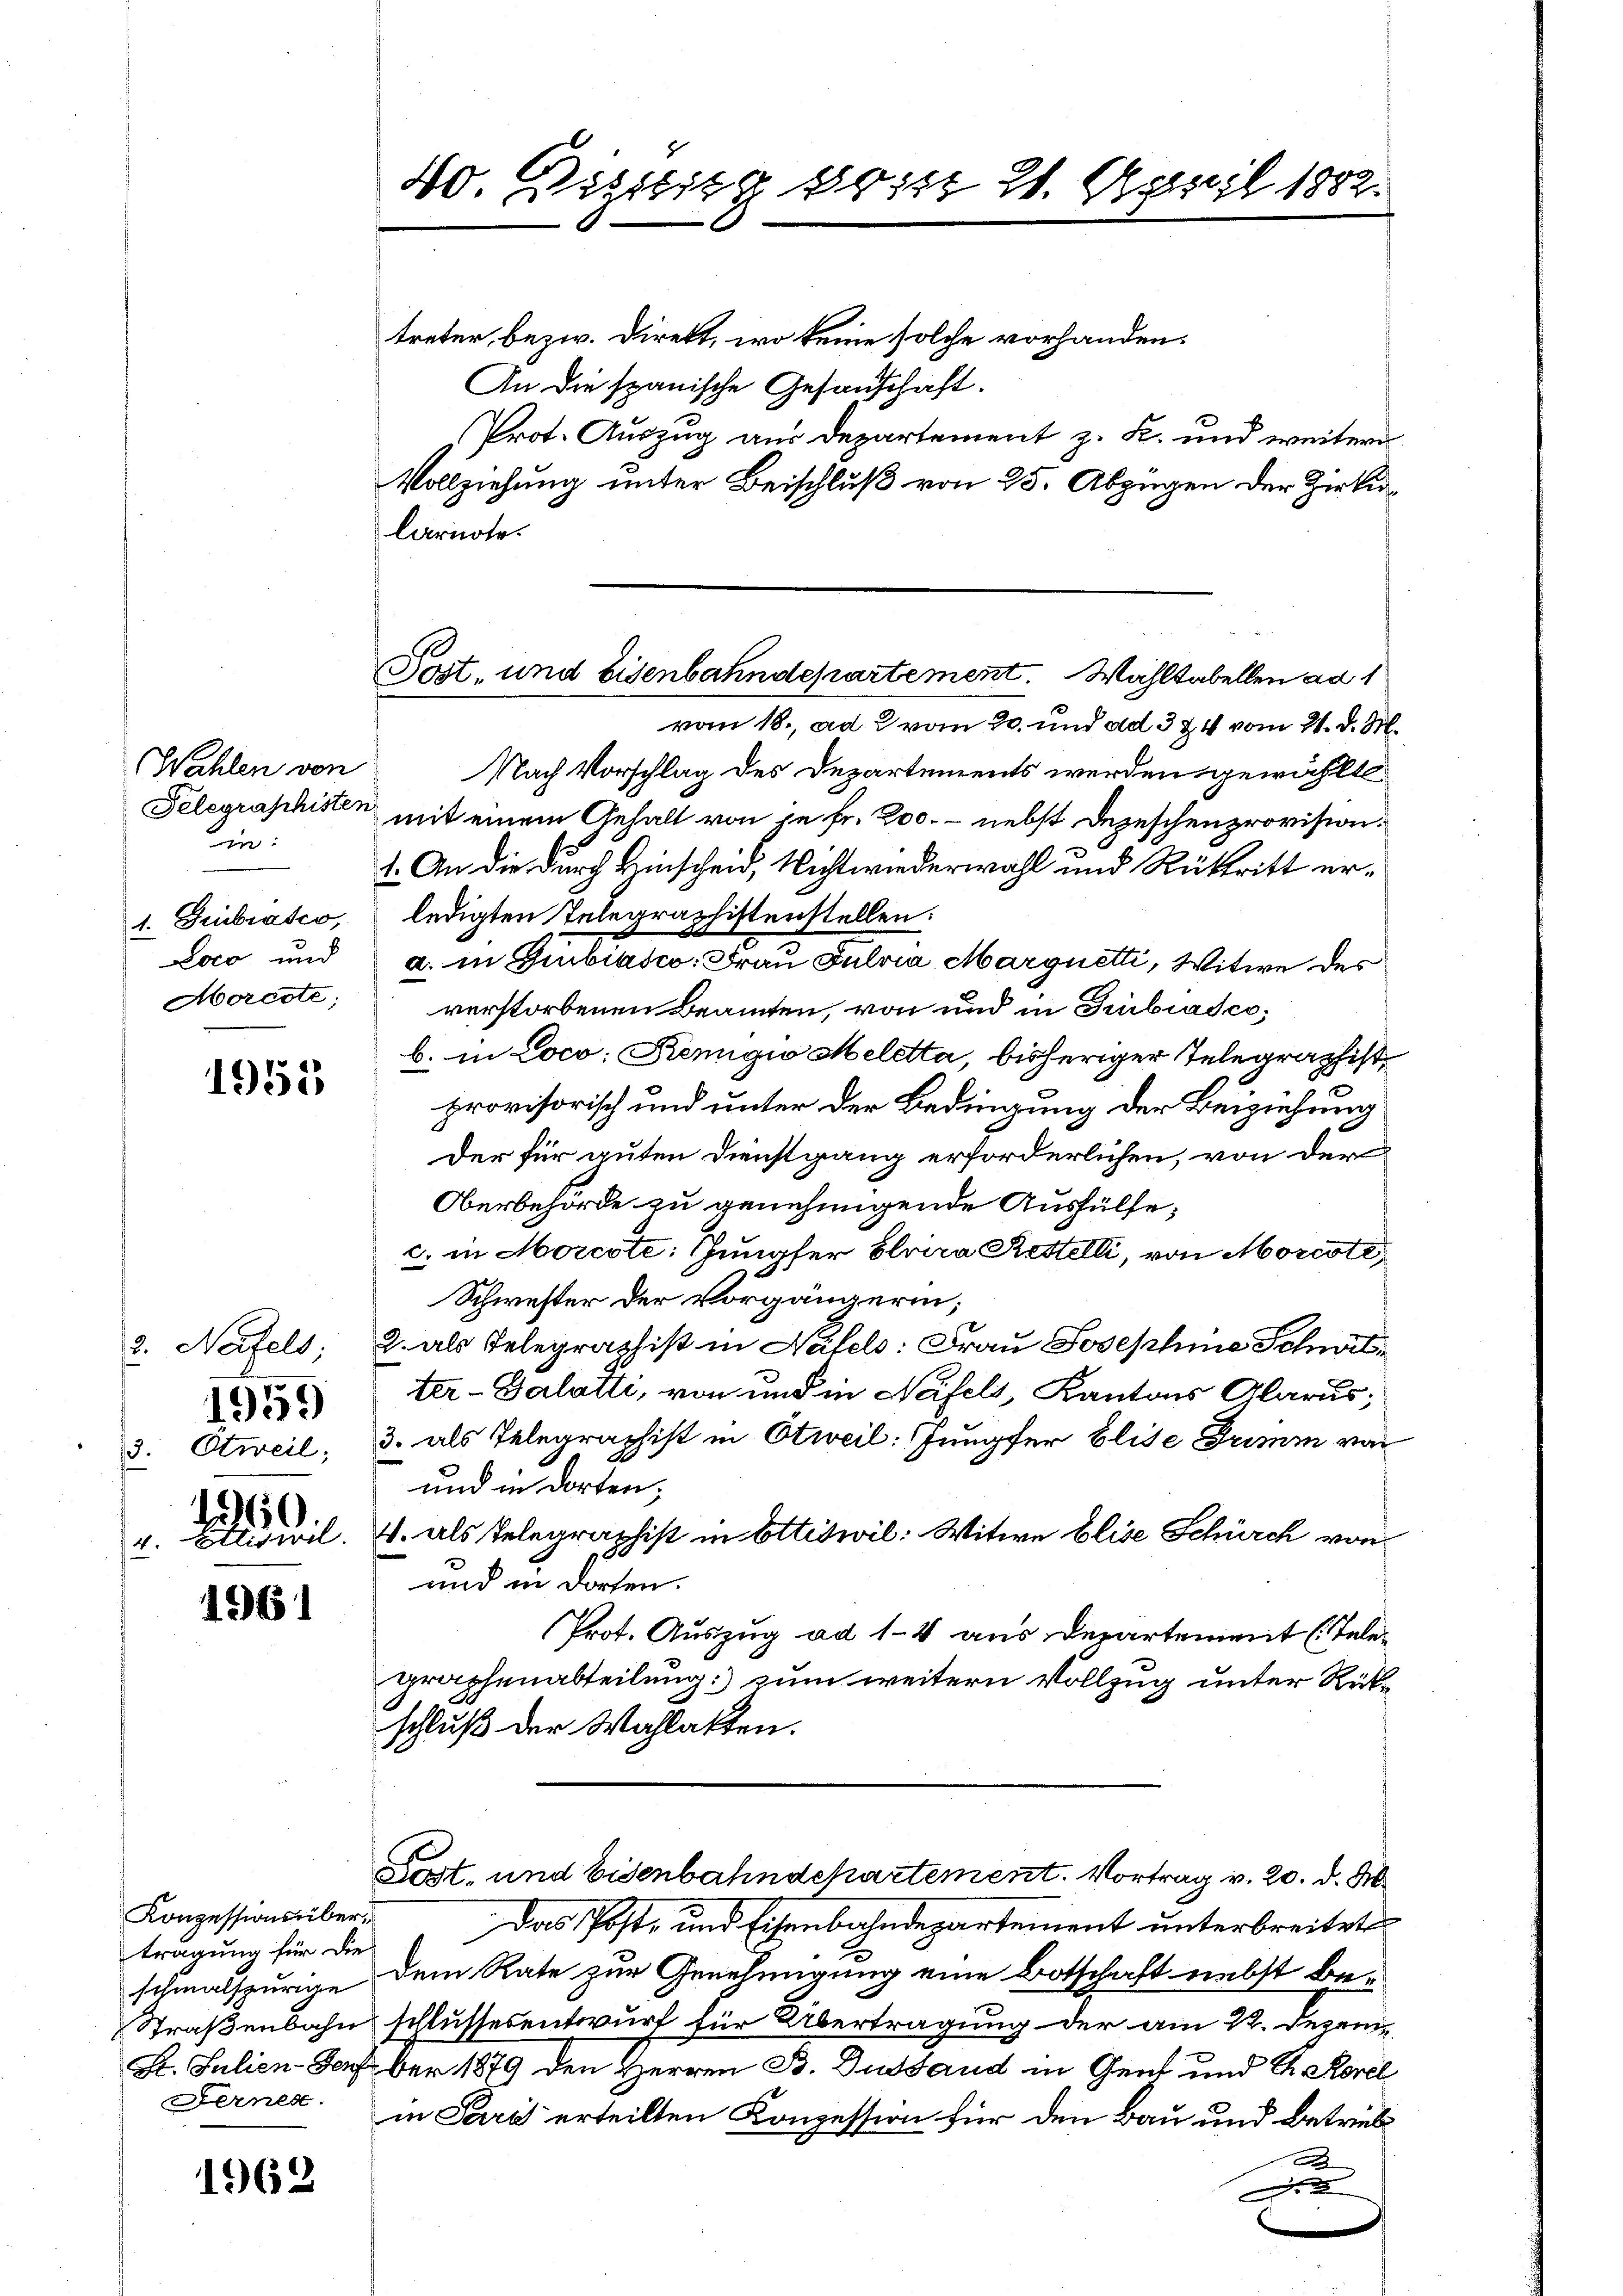
Wahlen von
Telegraphisten
in:
1. Gebratio,
Loco und
Morcote,

1955

3. Näfels;
1959
23. Otweil;
160.
v. Ettiswil

1961

Konzessions übertragung für die
schmalspurige
Straßenbahn

1962

40. Dissig von 21. April 1882.

Post- und Eisenbahndepartement. Wahltabellen ad 1
vom 18. ad 2 vom 20. und ad 324 vom 21. d. M.

treter, bezw. Direkt, wo keine solche vorhanden.
An die spanische Gesanschaft.
Prot. Auszug aus Departement z. K. und weitere
Vollziehung unter Beischluß von 25. Abzügen der Zirku¬
Carnote.
Nach Vorschlag des Departements werden gewählt
mit einem Gehalt von je fr. 200. - nebst Dezeschenprovision.
1. An die durch Einscheid, Nicht wiederwahl und Rücktritt erledigten Telegraphistenstellen.
a. in Giubiasco: Frau Fulvia Marquetti, Witwe des
verstorbenen Beamten, von und in Giubiasco,
b. in Loco: Remigio Meletta, bisheriger Telegraphist
provisorisch und unter der Bedingung der Beiziehung
Der für guten Dienstgang erforderlichen, von der
Oberbehörde zu genehmigende Aushülfe;
c. in Morcote: Jungfer bloira Restelli, von Morcote,
Schwester der Vorgängerin;
2. als Telegraphist in Näfels: Frau Josephine Schwit
ter-Salatti, von und in Näfels, Kantons Glarus;
3. als Telegraphist in Otweil: Jungfer Elise Grimm von
und in dorten;
4. als Telegraphist in Ettiswil: Witwe blise Schürch von
und in dorten.
Prot. Auszug ad 1. 4 aus Departement (Telegraphenabteilung zum weitern Vollzug unter Rükschluß der Wahlakten.
Lost- und Eisenbahndepartement. Vortrag v. 20. d. M.
Das Post- und Eisenbahndepartement unterbreitet
dem Rate zur Genehmigung eine Botschaft nebst beschlussesentwurf für Übertragung der am 22. Dezem
L. Julien-13x Dorf ber 1879 den Herren B. Dustand in Genf und E. Korel
Ferner in Pari erteilten Konzession für den Bau und Betrieb
D
e